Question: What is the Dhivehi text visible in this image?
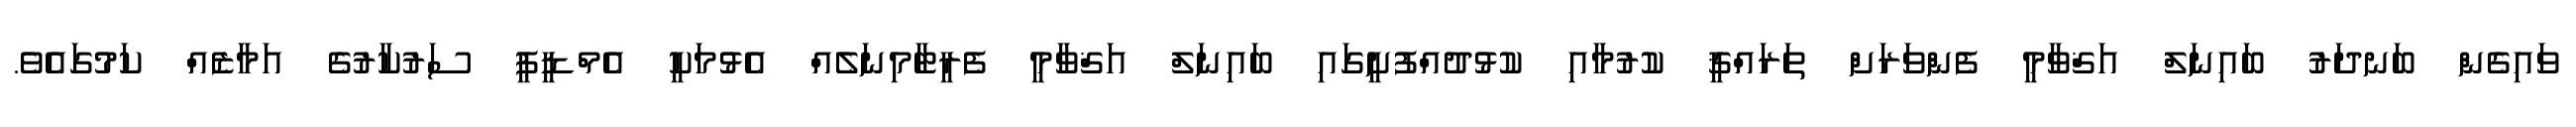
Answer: ވައިގެން ބަނދަރު ބައިނަލް އަޤްވާމީ ފެންވަރަށް ތަރައްޤީ ކުރުމާއި ކުޅުދުއްފުށީގައި ބައިނަލް އަޤްވާމީ ފެރީޓާމިނަލެއް އެޅުމަކީ އެމްޑީޕީ ސަރުކާރުގެ އަމާޒެއް ކަމުގައެވެ.